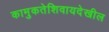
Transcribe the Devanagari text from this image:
कामुकतेशिवायदेखील